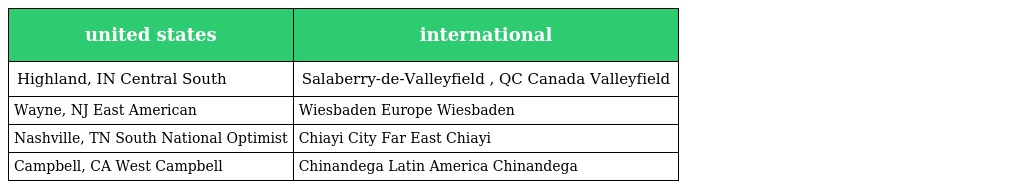
| united states | international |
 | --- | --- |
 | Highland, IN Central South | Salaberry-de-Valleyfield , QC Canada Valleyfield |
 | Wayne, NJ East American | Wiesbaden Europe Wiesbaden |
 | Nashville, TN South National Optimist | Chiayi City Far East Chiayi |
 | Campbell, CA West Campbell | Chinandega Latin America Chinandega |